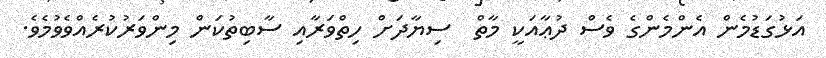
އަޅުގަޑުމެން އެންމެންގެ ވެސް ދުޢާއަކީ މާތް  ސިޔާދަށް ހިތްވަރާއި ސާބިތުކަން މިންވަރުކުރެއްވެވުމެވެ.